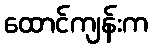
ထောင်ကျန်းက